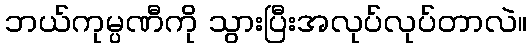
ဘယ်ကုမ္ပဏီကို သွားပြီးအလုပ်လုပ်တာလဲ။